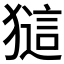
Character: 𤡖